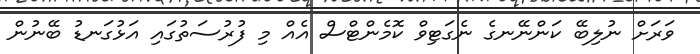
ވަރަށް ނުލިބޭ ކަންނޭނގެ ނެގަޓިވް ކޮމެންޓްސް އެއް މި ފުރުސަތުގައި އަޅުގަނޑު ބޭނުން